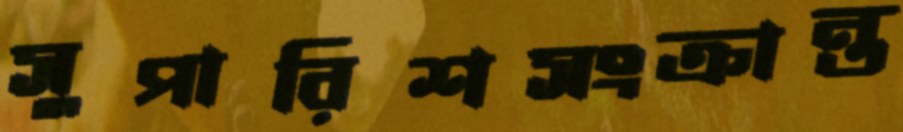
সুপারিশসংক্রান্ত